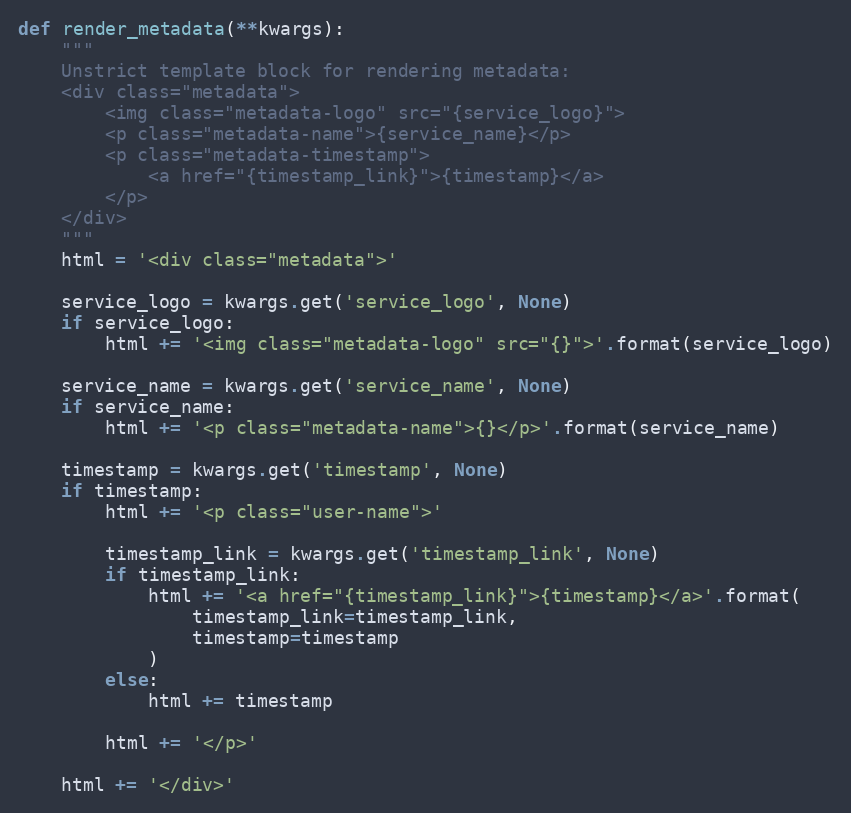
Language: Python
def render_metadata(**kwargs):
    """
    Unstrict template block for rendering metadata:
    <div class="metadata">
        <img class="metadata-logo" src="{service_logo}">
        <p class="metadata-name">{service_name}</p>
        <p class="metadata-timestamp">
            <a href="{timestamp_link}">{timestamp}</a>
        </p>
    </div>
    """
    html = '<div class="metadata">'

    service_logo = kwargs.get('service_logo', None)
    if service_logo:
        html += '<img class="metadata-logo" src="{}">'.format(service_logo)

    service_name = kwargs.get('service_name', None)
    if service_name:
        html += '<p class="metadata-name">{}</p>'.format(service_name)

    timestamp = kwargs.get('timestamp', None)
    if timestamp:
        html += '<p class="user-name">'

        timestamp_link = kwargs.get('timestamp_link', None)
        if timestamp_link:
            html += '<a href="{timestamp_link}">{timestamp}</a>'.format(
                timestamp_link=timestamp_link,
                timestamp=timestamp
            )
        else:
            html += timestamp

        html += '</p>'

    html += '</div>'